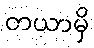
တယာမှိ